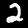
Digit: 2